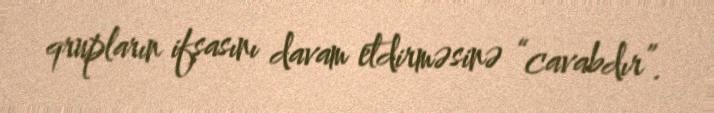
qrupların ifşasını davam etdirməsinə “cavabdır”.